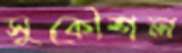
সুকৌশল